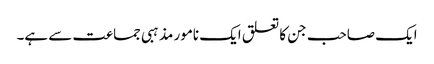
ایک صاحب جن کا تعلق ایک نامور مذہبی جماعت سے ہے۔